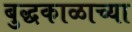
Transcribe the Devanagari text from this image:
बुद्धकाळाच्या